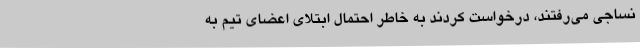
نساجی می‌رفتند، درخواست کردند به خاطر احتمال ابتلای اعضای تیم به